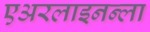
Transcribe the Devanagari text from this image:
एअरलाइनन्ला